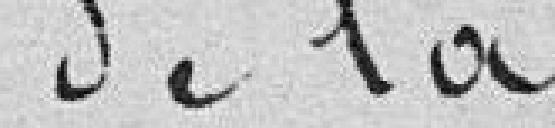
passage de la